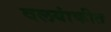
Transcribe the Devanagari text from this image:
वलयांकीत